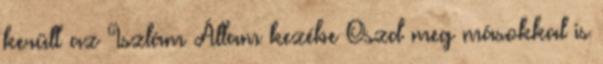
került az Iszlám Állam kezébe Oszd meg másokkal is